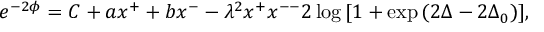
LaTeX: e ^ { - 2 \phi } = C + a x ^ { + } + b x ^ { - } - \lambda ^ { 2 } x ^ { + } x ^ { -- } 2 \log { [ 1 + \exp { ( 2 \Delta - 2 \Delta _ { 0 } ) } ] } ,